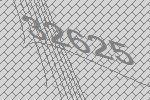
32625